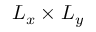
L _ { x } \times L _ { y }